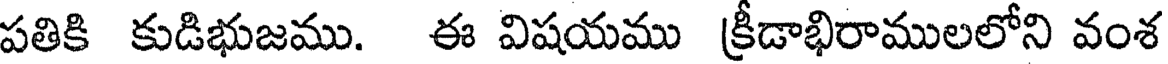
పతికి కుడిభుజము. ఈ విషయము క్రీడాభిరాములలోని వంశ